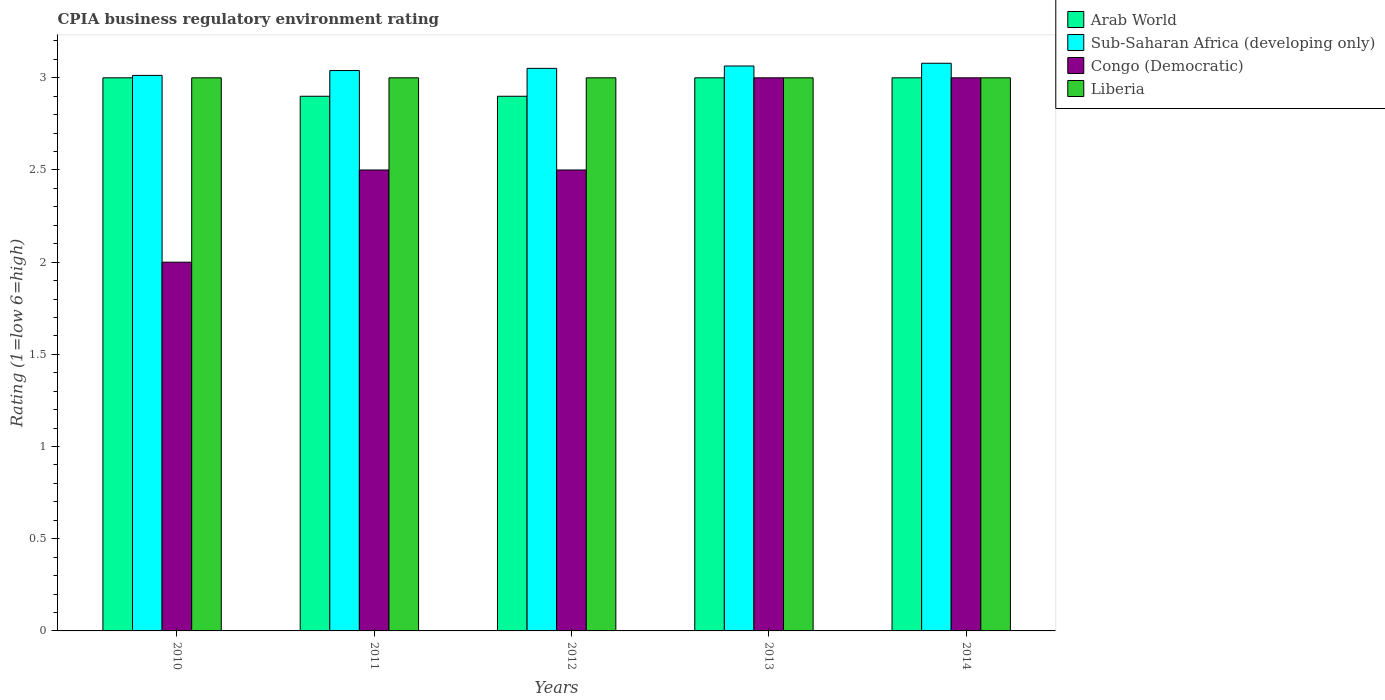
| Years | Arab World | Sub-Saharan Africa (developing only) | Congo (Democratic) | Liberia |
 | --- | --- | --- | --- | --- |
 | 2010 | 3 | 3.01 | 2 | 3 |
 | 2011 | 2.9 | 3.04 | 2.5 | 3 |
 | 2012 | 2.9 | 3.05 | 2.5 | 3 |
 | 2013 | 3 | 3.06 | 3 | 3 |
 | 2014 | 3 | 3.08 | 3 | 3 |